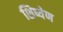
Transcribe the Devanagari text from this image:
शिष्येण